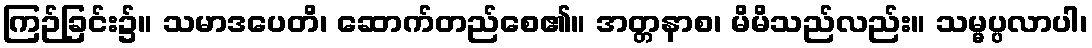
ကြဉ်ခြင်း၌။ သမာဒပေတိ၊ ဆောက်တည်စေ၏။ အတ္တနာစ၊ မိမိသည်လည်း။ သမ္မပ္ပလာပါ၊